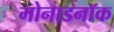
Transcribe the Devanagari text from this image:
मोनाडनॉक